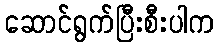
ဆောင်ရွက်ပြီးစီးပါက